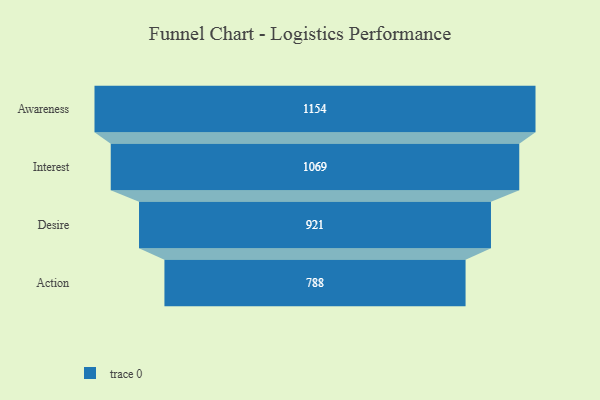
{"axis": {"x": "Stage", "y": "Value"}, "legend": [""], "data": [{"x": "Awareness", "y": 1154.0, "type": ""}, {"x": "Interest", "y": 1069.0, "type": ""}, {"x": "Desire", "y": 921.0, "type": ""}, {"x": "Action", "y": 788.0, "type": ""}]}